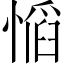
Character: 𫺼